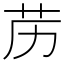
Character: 苈